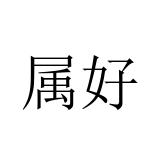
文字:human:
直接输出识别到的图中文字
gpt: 属好